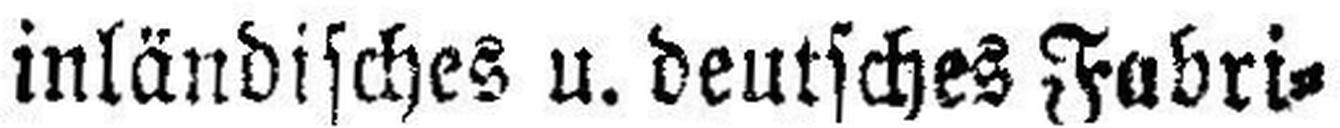
inländisches u. deutsches Fabri¬